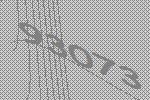
93073